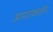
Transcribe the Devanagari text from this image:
आपताकालीन